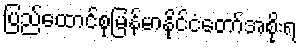
ပြည်ထောင်စုမြန်မာနိုင်ငံတော်အစိုးရ